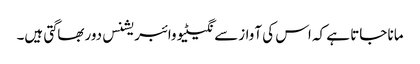
مانا جاتا ہے کہ اس کی آوازسے نگیٹیو وائبریشنس دوربھاگتی ہیں۔